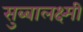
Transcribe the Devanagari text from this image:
सुब्बालक्ष्मी